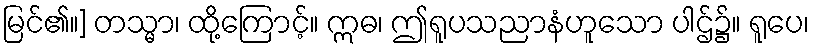
မြင်၏။] တသ္မာ၊ ထို့ကြောင့်။ ဣဓ၊ ဤရူပသညာနံဟူသော ပါဌ်၌။ ရူပေ၊